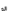
انه